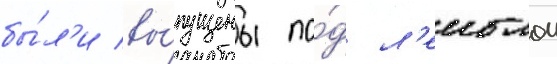
бы́л'и вы́пущены по́д л'еиблом